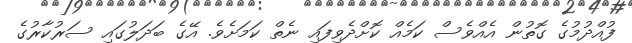
ފުއްދުމުގެ ގޮތުން އެއްވެސް ކަމެއް ކޮށްދެވިފައި ނެތް ކަމަށެވެ. އޭގެ ބަދަލުގައި ސަރުކާރުގެ